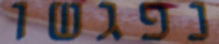
נפגשו